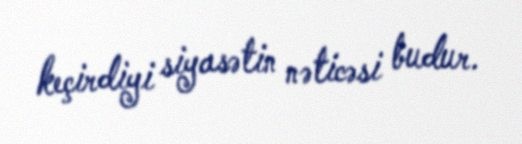
keçirdiyi siyasətin nəticəsi budur.